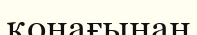
қонағынан